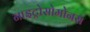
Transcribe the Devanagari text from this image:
नाइट्रोसोमोनस